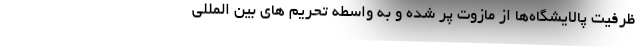
ظرفیت پالایشگاه‌ها از مازوت پر شده و به واسطه تحریم های بین المللی